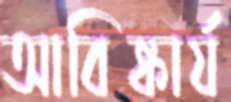
আবিষ্কার্য